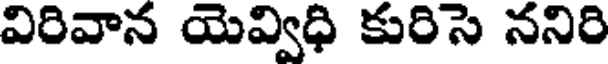
విరివాన యెవ్విధి కురిసె ననిరి